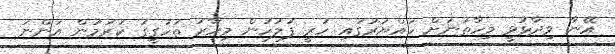
އޭނާ ވިދާޅުވީ މިހާތަނަށް ހައްޔަރުގައި ހުރީ ފުލުހުން މިހާރު ތަހުގީގު ކުރަމުން އަންނަ